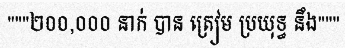
"""២០០,០០០ នាក់ បាន ត្រៀម ប្រយុទ្ធ នឹង"""